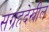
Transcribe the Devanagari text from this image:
संग्रहदेखील